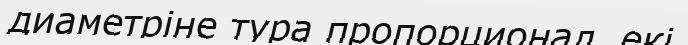
диаметріне тура пропорционал, екі